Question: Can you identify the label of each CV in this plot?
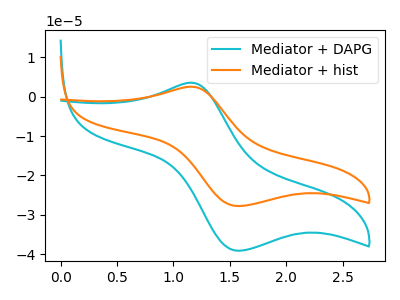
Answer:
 <answer>The cyan curve is labeled "Mediator + DAPG". The orange curve is labeled "Mediator + hist".</answer>
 <eval></eval>